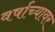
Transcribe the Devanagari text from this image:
वर्षाच्यावर